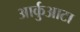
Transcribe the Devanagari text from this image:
आर्कुआटा